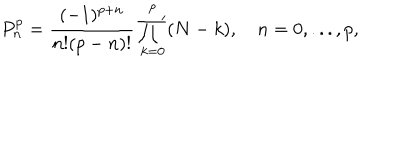
P _ { n } ^ { p } = \frac { ( - 1 ) ^ { p + n } } { n ! ( p - n ) ! } \mathop { { \prod } ^ { \prime } } _ { k = 0 } ^ { p } ( N - k ) , \quad n = 0 , . . . , p ,